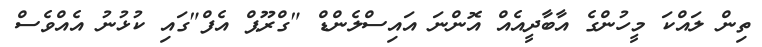
ތިން ލައްކަ މީހުންގެ އާބާދީއެއް އޮންނަ އައިސްލެންޑް "ގްރޫޕް އެފް"ގައި ކުޅުނު އެއްވެސް